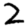
Digit: 2